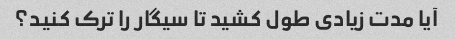
آیا مدت زیادی طول کشید تا سیگار را ترک کنید؟